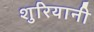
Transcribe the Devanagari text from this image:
शुरियानी